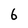
Character: 6